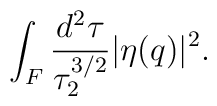
\int _{F} \frac{d^{2} \tau}{\tau _{2}^{3/2}} |\eta (q)|^{2} .